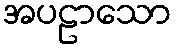
အပဠာသော